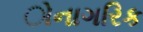
ોનાગરિક